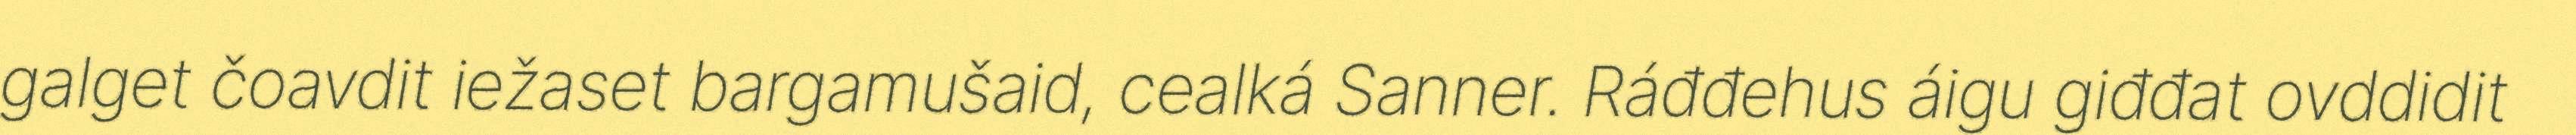
galget čoavdit iežaset bargamušaid, cealká Sanner. Ráđđehus áigu giđđat ovddidit